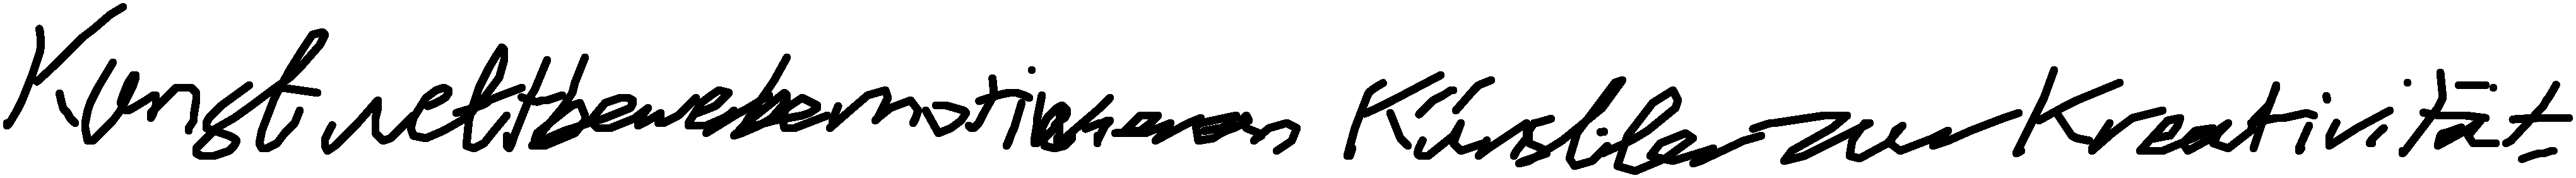
Kunstwettbewerbe motivieren Künstler zur Kreativität.